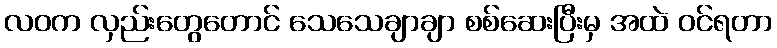
လဝက လှည်းတွေတောင် သေသေချာချာ စစ်ဆေးပြီးမှ အထဲ ဝင်ရတာ